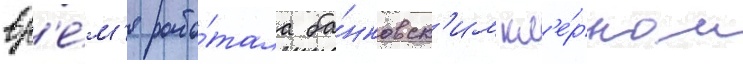
вр'е́м'я рабо́тала ба́нковск'им кл'е́рком